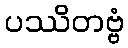
ပဿိတဗ္ဗံ